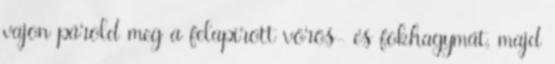
vajon párold meg a felapírott vörös- és fokhagymát, majd